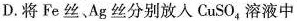
D. 将Fe丝、Ag丝分别放入CuSO_{4}溶液中